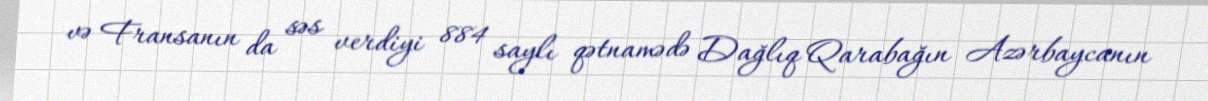
və Fransanın da səs verdiyi 884 saylı qətnamədə Dağlıq Qarabağın Azərbaycanın